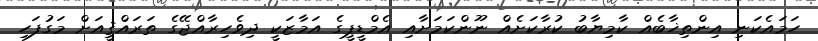
ހަމައެކަނި އިންތިޚާބެއް ކާމިޔާބު ކުރާކަށެއް ނޫންކަމަށާއި އެމްޑީޕީގެ އަމާޒަކީ ދިވެހިރާއްޖޭގެ ތަރައްޤީއަށް މަގުފަހި